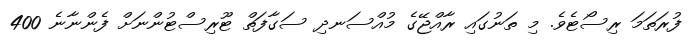
ފުރަތަމަ ރިސޯޓެވެ. މި ތަނުގައި ރާއްޖޭގެ މުއްސަނދި ސަގާފަތް ޓޫރިސްޓުންނަށް ފެންނާނެ 400